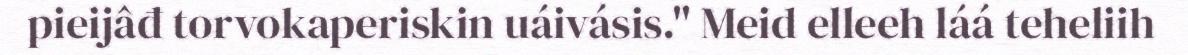
pieijâđ torvokaperiskin uáivásis." Meid elleeh láá teheliih